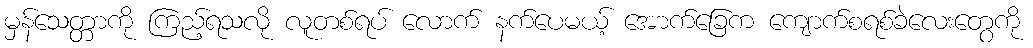
မှန်သေတ္တာကို ကြည့်ရသလို လူတစ်ရပ် လောက် နက်ပေမယ့် အောက်ခြေက ကျောက်စရစ်ခဲလေးတွေကို